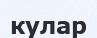
кулар